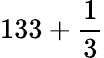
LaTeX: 133+{\frac{1}{3}}